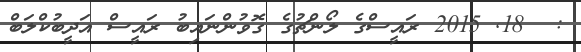
:  18